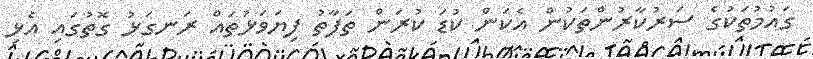
ގައުމުތަކުގެ ސަރުކާރުންތަކުން އެކަން ކުޑަ ކުރަން ތަފާތު ފިޔަވަޅުތައް ރަނގަޅު ގޮތުގައި އެޅި